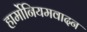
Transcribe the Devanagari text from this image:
हार्मोनियमवादन